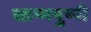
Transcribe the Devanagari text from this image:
स्तम्भपुष्पी